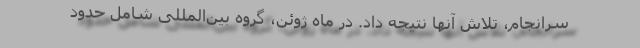
سرانجام، تلاش آنها نتیجه داد. در ماه ژوئن، گروه بین‌المللی شامل حدود